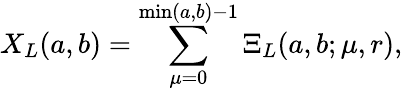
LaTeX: X_{L}(a,b)=\sum_{\mu=0}^{\operatorname*{min}(a,b)-1}\Xi_{L}(a,b;\mu,r),